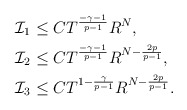
\begin{align*}&\mathcal{I}_1\leq CT^{\frac{-\gamma-1}{p-1}}R^N,\\&\mathcal{I}_2\leq CT^{\frac{-\gamma-1}{p-1}}R^{N-\frac{2p}{p-1}},\\&\mathcal{I}_3\leq CT^{1-\frac{\gamma}{p-1}}R^{N-\frac{2p}{p-1}}.\end{align*}